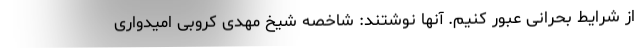
از شرایط بحرانی عبور کنیم. آنها نوشتند: شاخصه شیخ مهدی کروبی امیدواری